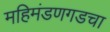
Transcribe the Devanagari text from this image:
महिमंडणगडचा